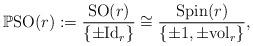
LaTeX: \begin{gather*}\mathbb{P}{\rm SO}(r):= {{\rm SO}(r)\over\{\pm {\rm Id}_r\}}\cong {{\rm Spin}(r)\over\{\pm 1,\pm{\rm vol}_r\}},\end{gather*}